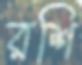
রশি